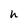
Character: h